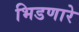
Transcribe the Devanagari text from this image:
भिडणारे